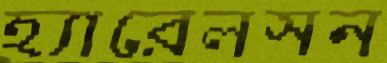
হ্যারেলসন